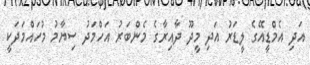
އަދި އެމްޑީއޭގެ ލީޑަރު އަދި މީދޫ ދާއިރާގެ މެންބަރު އަހްމަދު ސިޔާމު މުހައްމަދަކީ